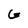
Character: G